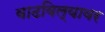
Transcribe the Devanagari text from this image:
वाढविल्यावर